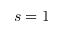
s = 1